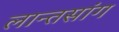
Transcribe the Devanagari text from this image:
लान्तसांग